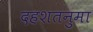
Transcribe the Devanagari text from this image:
दहशतनुमा